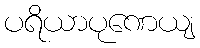
ပရိယာပုဏေယျ